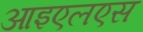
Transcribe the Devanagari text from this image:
आइएलएस